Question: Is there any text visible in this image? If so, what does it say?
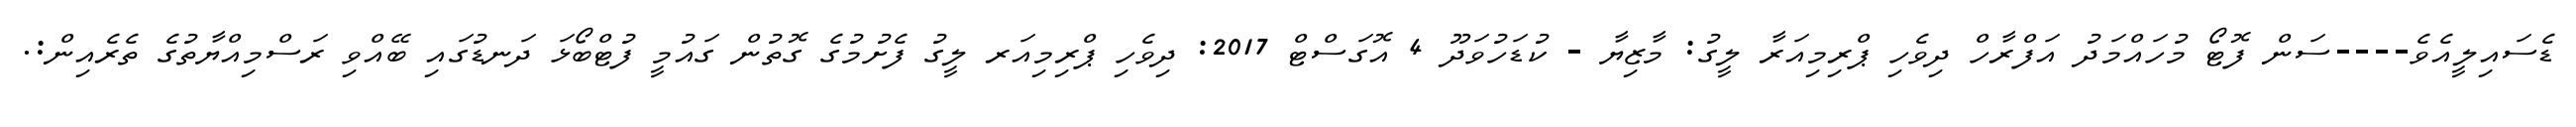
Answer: ޑެސައިލީއެވެ----ސަން ފޮޓޯ މުހައްމަދު އަފްރާހް ދިވެހި ޕްރިމިއަރާ ލީގު: މާޒިޔާ - ކުޑަހުވަދޫ 4 އޮގަސްޓް 2017: ދިވެހި ޕްރިމިއަރ ލީގު ފެށުމުގެ ގޮތުން ގައުމީ ފުޓްބޯޅަ ދަނޑުގައި ބޭއްވި ރަސްމިއްޔާތުގެ ތެރެއިން:.